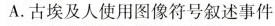
A.古埃及人使用图像符号叙述事件